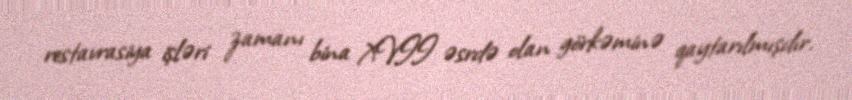
restavrasiya işləri zamanı bina XVII əsrdə olan görkəminə qaytarılmışdır.